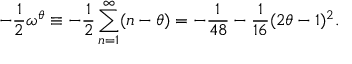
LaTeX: - \frac { 1 } { 2 } \omega ^ { \theta } \equiv - \frac { 1 } { 2 } \sum _ { n = 1 } ^ { \infty } ( n - \theta ) = - \frac { 1 } { 4 8 } - \frac { 1 } { 1 6 } ( 2 \theta - 1 ) ^ { 2 } .